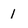
Character: 1